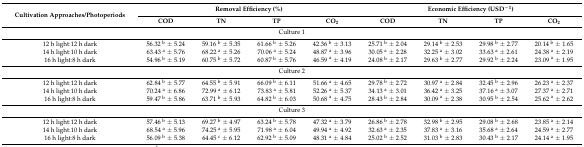
<table><thead><tr><td rowspan="2"><b>Cultivation Approaches/Photoperiods</b></td><td colspan="4"><b>Removal Efficiency (%)</b></td><td colspan="4"><b>Economic Efficiency (USD<sup>−1</sup>)</b></td></tr><tr><td><b>COD</b></td><td><b>TN</b></td><td><b>TP</b></td><td><b>CO<sub>2</sub></b></td><td><b>COD</b></td><td><b>TN</b></td><td><b>TP</b></td><td><b>CO<sub>2</sub></b></td></tr></thead><tbody><tr><td colspan="9">Culture 1</td></tr><tr><td>12 h light:12 h dark</td><td>56.32 <sup>b</sup> ± 5.24</td><td>59.16 <sup>b</sup> ± 5.35</td><td>61.66 <sup>b</sup> ± 5.26</td><td>42.36 <sup>b</sup> ± 3.13</td><td>25.71 <sup>b</sup> ± 2.04</td><td>29.14 <sup>b</sup> ± 2.53</td><td>29.98 <sup>b</sup> ± 2.77</td><td>20.14 <sup>b</sup> ± 1.65</td></tr><tr><td>14 h light:10 h dark</td><td>63.43 <sup>a</sup> ± 5.76</td><td>68.22 <sup>a</sup> ± 5.26</td><td>70.06 <sup>a</sup> ± 5.24</td><td>48.87 <sup>a</sup> ± 3.96</td><td>30.05 <sup>a</sup> ± 2.28</td><td>32.25 <sup>a</sup> ± 3.02</td><td>33.63 <sup>a</sup> ± 2.61</td><td>24.38 <sup>a</sup> ± 2.19</td></tr><tr><td>16 h light:8 h dark</td><td>54.96 <sup>b</sup> ± 5.19</td><td>60.75 <sup>b</sup> ± 5.72</td><td>60.87 <sup>b</sup> ± 5.76</td><td>46.59 <sup>a</sup> ± 4.19</td><td>24.08 <sup>b</sup> ± 2.17</td><td>29.63 <sup>b</sup> ± 2.77</td><td>29.92 <sup>b</sup> ± 2.24</td><td>23.09 <sup>a</sup> ± 1.95</td></tr><tr><td colspan="9">Culture 2</td></tr><tr><td>12 h light:12 h dark</td><td>62.84 <sup>b</sup> ± 5.77</td><td>64.55 <sup>b</sup> ± 5.91</td><td>66.09 <sup>b</sup> ± 6.11</td><td>51.66 <sup>a</sup> ± 4.65</td><td>29.78 <sup>b</sup> ± 2.72</td><td>30.97 <sup>a</sup> ± 2.84</td><td>32.45 <sup>b</sup> ± 2.96</td><td>26.23 <sup>a</sup> ± 2.37</td></tr><tr><td>14 h light:10 h dark</td><td>70.24 <sup>a</sup> ± 6.86</td><td>72.99 <sup>a</sup> ± 6.12</td><td>73.83 <sup>a</sup> ± 5.81</td><td>52.26 <sup>a</sup> ± 5.37</td><td>34.13 <sup>a</sup> ± 3.01</td><td>36.42 <sup>a</sup> ± 3.25</td><td>37.16 <sup>a</sup> ± 3.07</td><td>27.37 <sup>a</sup> ± 2.71</td></tr><tr><td>16 h light:8 h dark</td><td>59.47 <sup>b</sup> ± 5.86</td><td>63.71 <sup>b</sup> ± 5.93</td><td>64.82 <sup>b</sup> ± 6.03</td><td>50.68 <sup>a</sup> ± 4.75</td><td>28.43 <sup>b</sup> ± 2.84</td><td>30.09 <sup>a</sup> ± 2.38</td><td>30.95 <sup>b</sup> ± 2.54</td><td>25.62 <sup>a</sup> ± 2.62</td></tr><tr><td colspan="9">Culture 3</td></tr><tr><td>12 h light:12 h dark</td><td>57.46 <sup>b</sup> ± 5.13</td><td>69.27 <sup>b</sup> ± 4.97</td><td>63.24 <sup>b</sup> ± 5.78</td><td>47.32 <sup>a</sup> ± 3.79</td><td>26.86 <sup>b</sup> ± 2.78</td><td>32.98 <sup>b</sup> ± 2.95</td><td>29.08 <sup>b</sup> ± 2.68</td><td>23.85 <sup>a</sup> ± 2.14</td></tr><tr><td>14 h light:10 h dark</td><td>68.54 <sup>a</sup> ± 5.96</td><td>74.25 <sup>a</sup> ± 5.95</td><td>71.98 <sup>a</sup> ± 6.04</td><td>49.94 <sup>a</sup> ± 4.92</td><td>32.63 <sup>a</sup> ± 2.35</td><td>37.83 <sup>a</sup> ± 3.16</td><td>35.68 <sup>a</sup> ± 2.64</td><td>24.59 <sup>a</sup> ± 2.77</td></tr><tr><td>16 h light:8 h dark</td><td>56.09 <sup>b</sup> ± 5.38</td><td>64.45 <sup>c</sup> ± 6.12</td><td>62.92 <sup>b</sup> ± 5.09</td><td>48.31 <sup>a</sup> ± 4.84</td><td>25.02 <sup>b</sup> ± 2.52</td><td>31.03 <sup>b</sup> ± 2.83</td><td>30.43 <sup>b</sup> ± 2.17</td><td>24.14 <sup>a</sup> ± 1.95</td></tr></tbody></table>